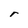
Character: r